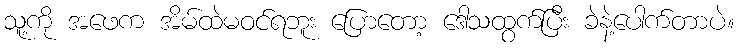
သူ့ကို အဖေက အိမ်ထဲမဝင်ရဘူး ပြောတော့ ဒေါသထွက်ပြီး ခဲနဲ့ပေါက်တာပဲ။